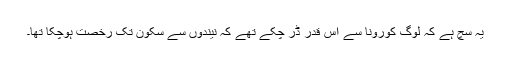
یہ سچ ہے کہ لوگ کورونا سے اس قدر ڈر چکے تھے کہ نیندوں سے سکون تک رخصت ہوچکا تھا۔